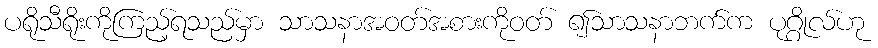
ပရိုသီရိုးကိုကြည့်ရသည်မှာ သာသနာအဝတ်အစားကိုဝတ် ၍သာသနာဘက်က ပုဂ္ဂိုလ်ဟု